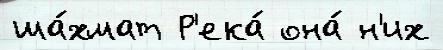
ша́хмат Р'ека́ она́ н'их